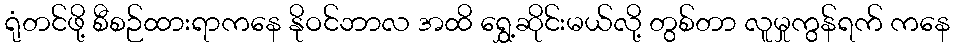
ရုံတင်ဖို့ စီစဉ်ထားရာကနေ နိုဝင်ဘာလ အထိ ရွှေ့ဆိုင်းမယ်လို့ တွစ်တာ လူမှုကွန်ရက် ကနေ